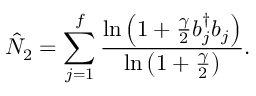
\hat { N } _ { 2 } = \sum _ { j = 1 } \sp f { \frac { \ln \left( 1 + { \frac { \gamma } { 2 } } b _ { j } \sp { \dagger } b _ { j } \right) } { \ln \left( 1 + { \frac { \gamma } { 2 } } \right) } } .